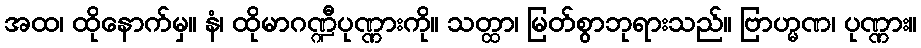
အထ၊ ထိုနောက်မှ။ နံ၊ ထိုမာဂဏ္ဍီပုဏ္ဏားကို။ သတ္ထာ၊ မြတ်စွာဘုရားသည်။ ဗြာဟ္မဏ၊ ပုဏ္ဏား။